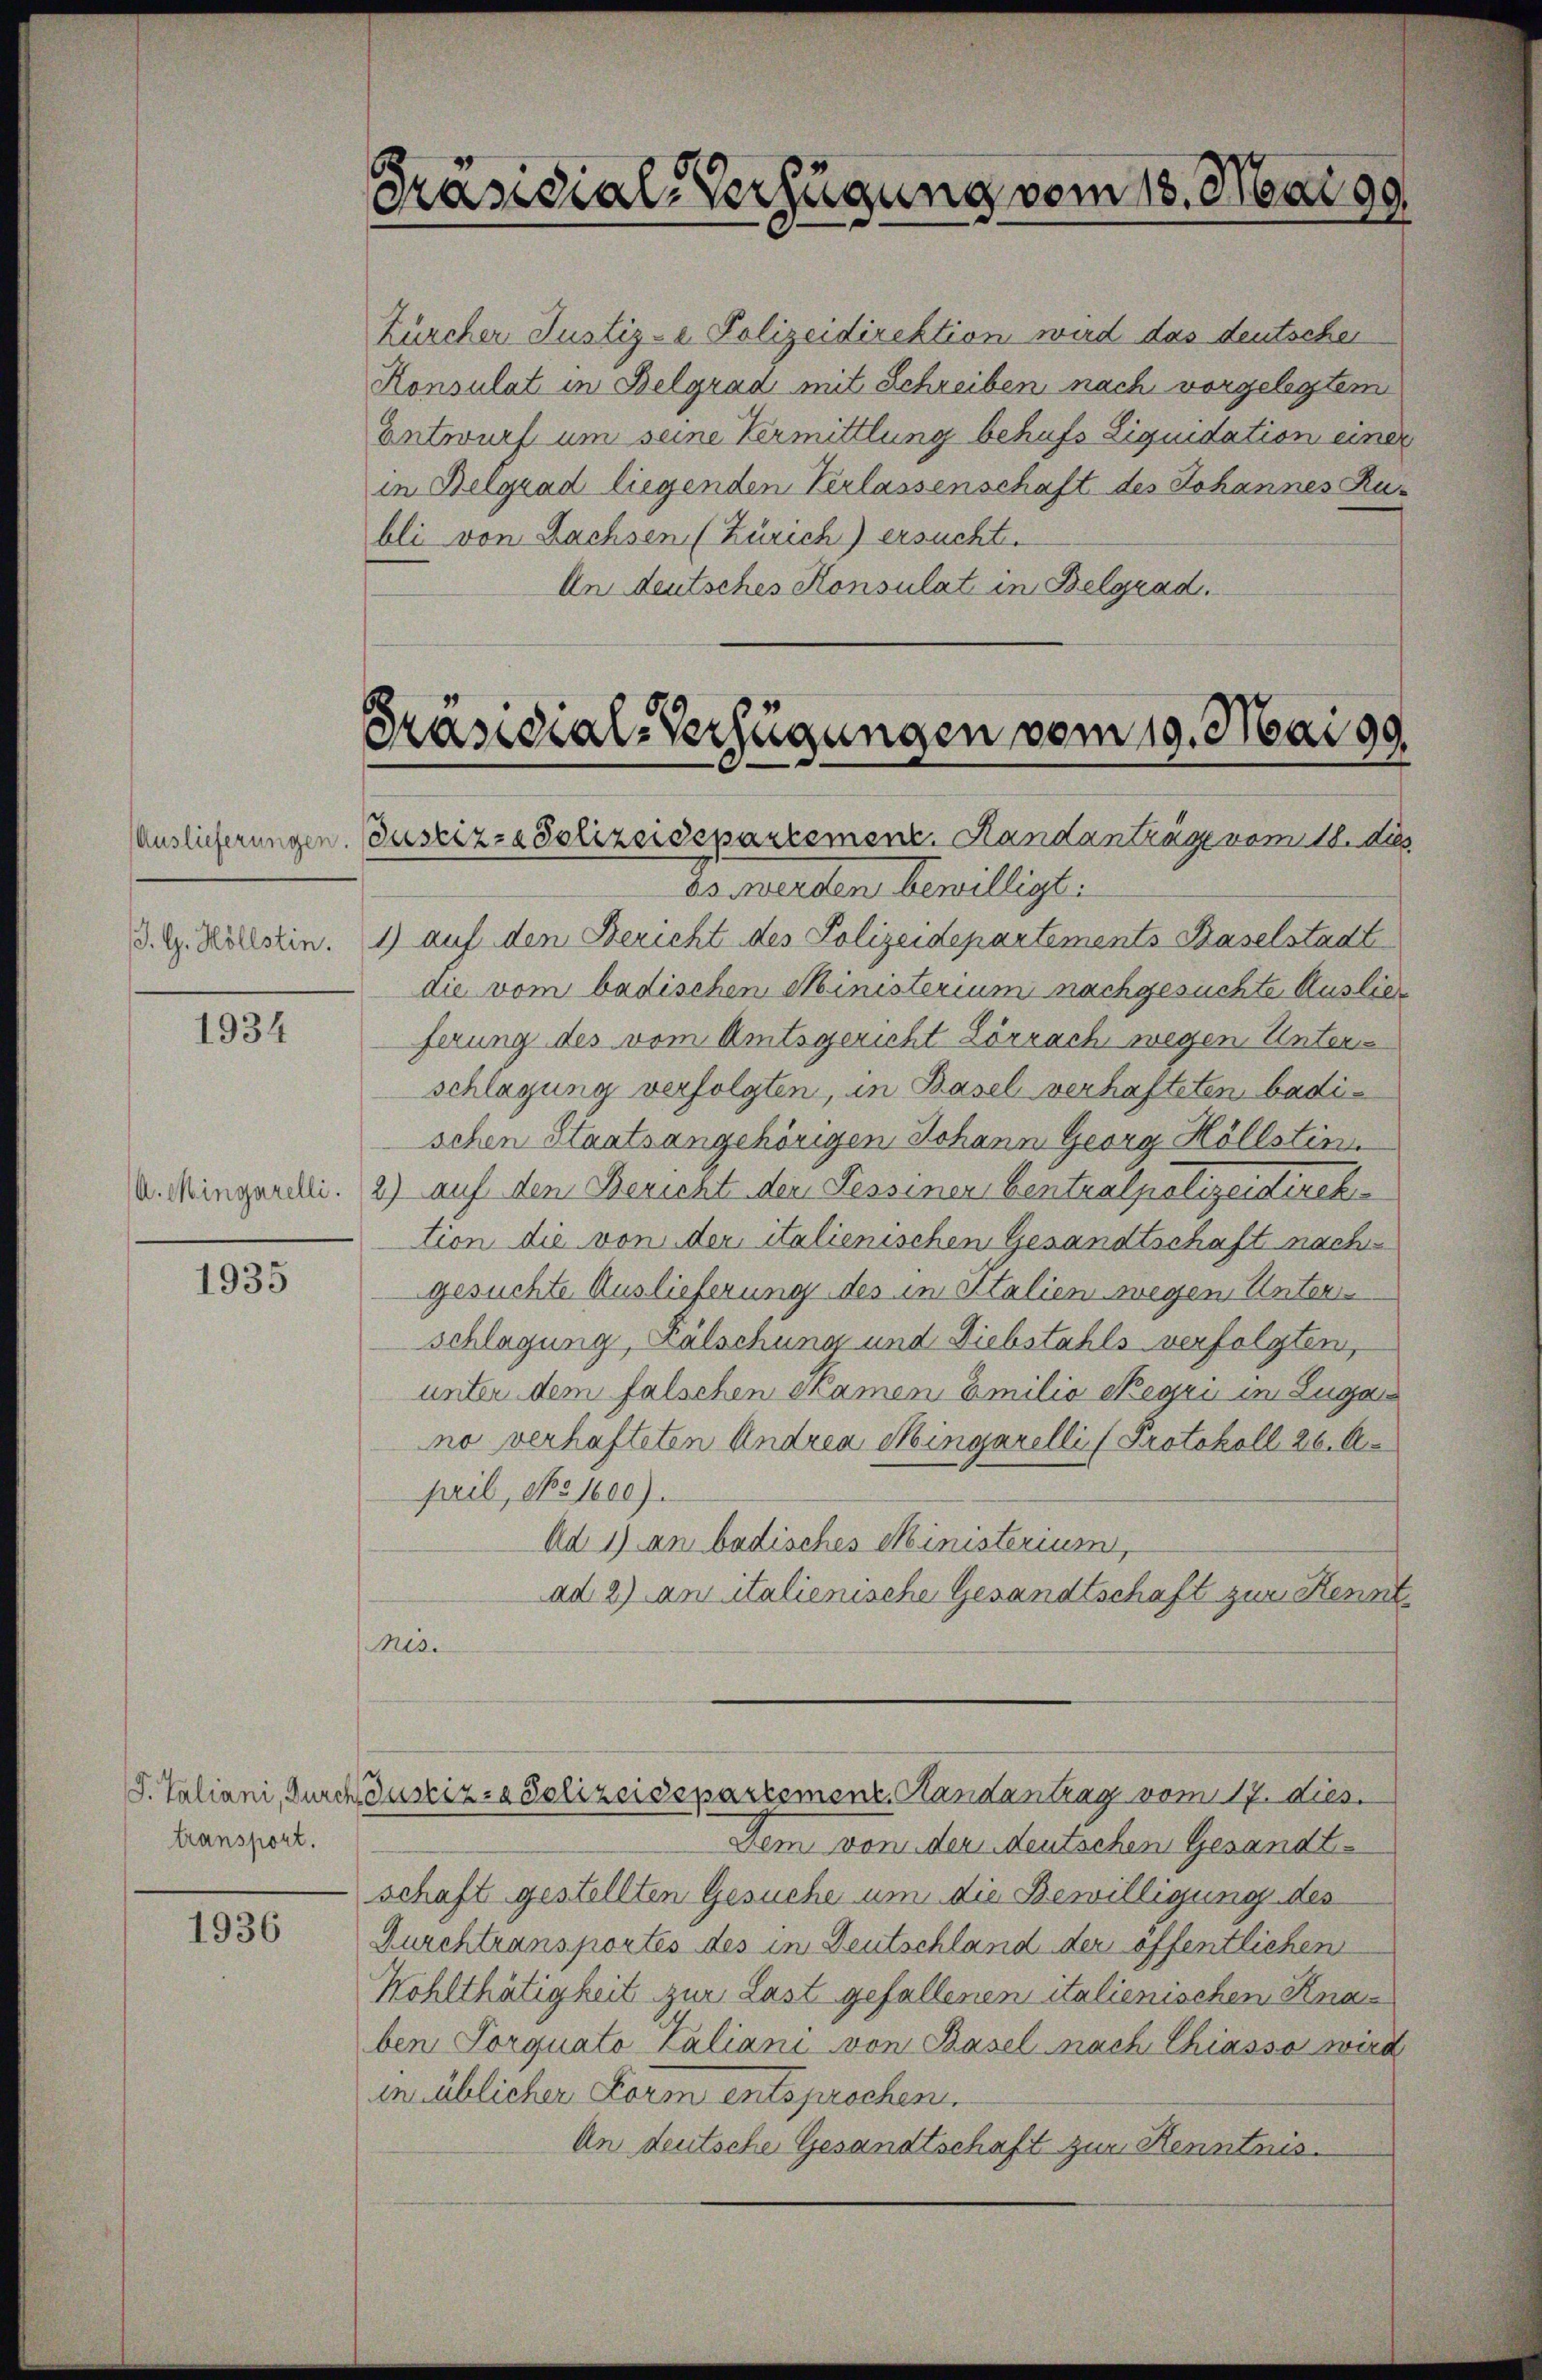
J. G. Höllstin.

1934

1935

transport.

1936

Präsidial-Verfügung vom 18. Mai 19

Zürcher Justiz- & Polizeidirektion wird das deutscher
Konsulat in Belgrad mit Schreiben nach vorgelegtem
Entwurf um seine Vermittlung behufs Liquidation einer
in Belgrad liegenden Verlassenschaft des Johannes Rubli von Lachsen (Zürich) ersucht.
An deutsches Konsulat in Belgrad.

Präsidial-Verfügungen vom 19. Mai 99.
Auslieferungen. Justiz- & Polizeidepartement. Handanträge vom 18. dies

es werden bewilligt.
1) auf den Bericht des Polizeidepartements Baselstadt
die vom badischen Ministerium nachgesuchte Auslieferung des vom Amtsgericht Lörrach, wegen Unter
schlagung verfolgten, in Basel verhafteten badischen Staatsangehörigen Johann Georg Höllstin
u. Mingerli. 2) auf den Bericht der Tessinen Centralpolizeidirek
tion die von der italienischen Gesandtschaft nach
gesuchte Auslieferung des in Italien wegen Unter
schlagung, Fälschung und Diebstahls verfolgten,
unter dem falschen Skamen Emilie Regii in Luga
no verhafteten Andrea Hingarelli (Protokoll 26. A.
pril, No 1600).
Ad 1) an badisches Ministerium,
ad 2) an italienische Gesandtschaft zur Kennt
Mid.
S. Taliani, Durch Zustiz- & Polizeidepartement, Handantrag vom 17. Dies
Dem von der deutschen Gesandtschaft gestellten Gesuche um die Bewilligung des
Durchtransportés des in Deutschland der öffentlichen
Wohlthätigkeit zur Last gefallenen italienischen Knaben Porquato Zaliani von Basel nach Chiasso wird
in üblicher Form entsprochen.
An deutsche Gesandtschaft zur Kenntnis.